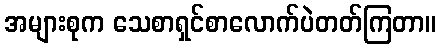
အများစုက သေစာရှင်စာလောက်ပဲတတ်ကြတာ။